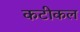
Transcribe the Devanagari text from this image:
कटीकल